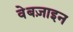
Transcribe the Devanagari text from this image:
वेबज़ाइन